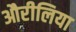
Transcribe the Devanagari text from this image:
औरीलिया